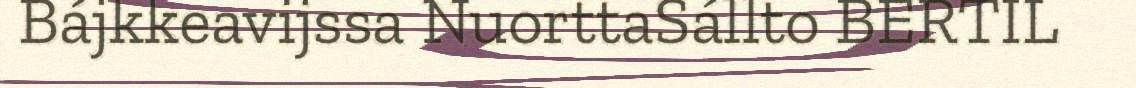
Bájkkeavijssa NuorttaSállto BERTIL